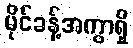
မိုင်ခန့်အကွာရှိ